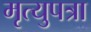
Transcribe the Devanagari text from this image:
मृत्युपत्रा